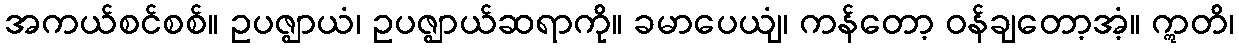
အကယ်စင်စစ်။ ဥပဇ္ဈာယံ၊ ဥပဇ္ဈာယ်ဆရာကို။ ခမာပေယျံ၊ ကန်တော့ ဝန်ချတော့အံ့။ ဣတိ၊